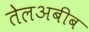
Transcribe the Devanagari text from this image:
तेलअबीब